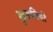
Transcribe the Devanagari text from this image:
कुरुतियों